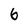
Character: 6